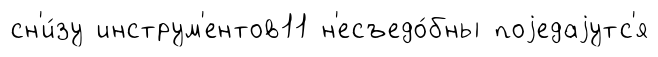
сн'и́зу инструм'ентов11 н'есъедо́бны поjедаjутс'я